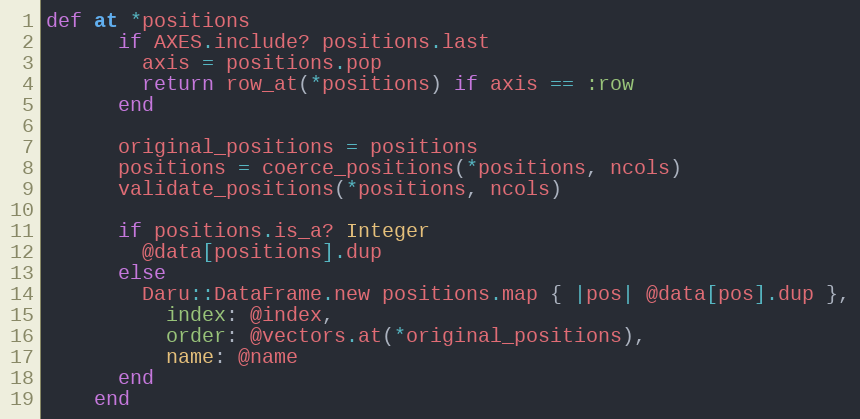
Language: Ruby
def at *positions
      if AXES.include? positions.last
        axis = positions.pop
        return row_at(*positions) if axis == :row
      end

      original_positions = positions
      positions = coerce_positions(*positions, ncols)
      validate_positions(*positions, ncols)

      if positions.is_a? Integer
        @data[positions].dup
      else
        Daru::DataFrame.new positions.map { |pos| @data[pos].dup },
          index: @index,
          order: @vectors.at(*original_positions),
          name: @name
      end
    end